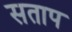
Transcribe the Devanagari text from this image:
सताप